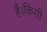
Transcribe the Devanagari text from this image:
हैं।किसी